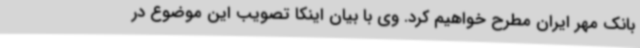
بانک مهر ایران مطرح خواهیم کرد. وی با بیان اینکا تصویب این موضوع در